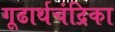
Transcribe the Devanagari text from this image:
गूढार्थचंद्रिका